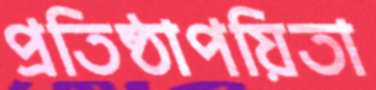
প্রতিষ্ঠাপয়িতা